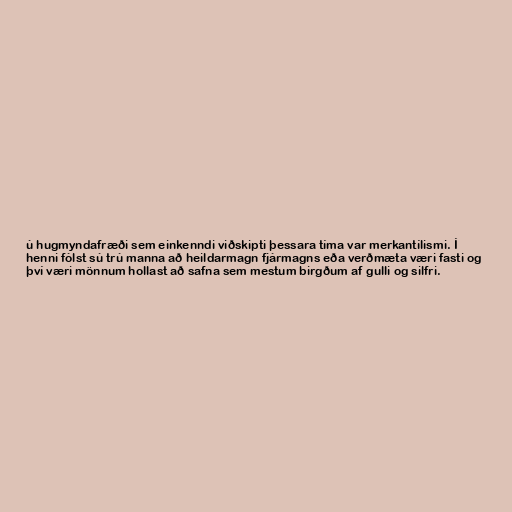
ú hugmyndafræði sem einkenndi viðskipti þessara tíma var merkantílismi. Í
henni fólst sú trú manna að heildarmagn fjármagns eða verðmæta væri fasti og
því væri mönnum hollast að safna sem mestum birgðum af gulli og silfri.